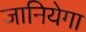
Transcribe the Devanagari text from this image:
जानियेगा